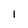
Character: 1